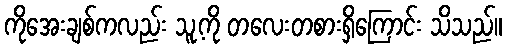
ကိုအေးချစ်ကလည်း သူ့ကို တလေးတစားရှိကြောင်း သိသည်။